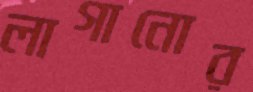
লাগানোর